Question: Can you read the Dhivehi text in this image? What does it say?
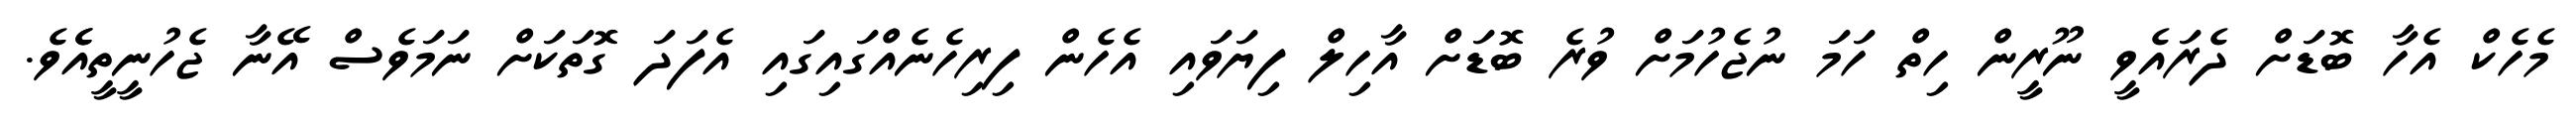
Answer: މެހެކް އެހާ ބޮޑަށް ދެރައެވީ ނޫރީން ހިތް ހަމަ ނުޖެހުމަށް ވުރެ ބޮޑަށް އާހިލް ފިޔަވައި އެހެން ފިރިހެނެއްގައިގައި އެފަދަ ގޮތަކަށް ނަމަވެސް އޭނާ ޖެހުނީތީއެެވެ.